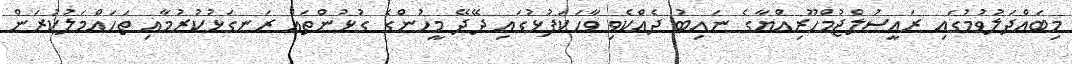
މިބައްދަލުވުމުގައި ރައީސުލްޖުމްހޫރިއްޔާގެ ނައިބު ދެއްކެވި ވާހަކަފުޅުގައި ދޭދޭ މީހުންގެ ގުޅުންތައް ރަނގަޅުކުރުމާއި ތަހައްމަލުކުރަން